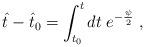
LaTeX: \begin{align*}\hat{t} - \hat{t}_0 = \int_{t_0}^t d t \; e^{- \frac{\psi}{2}} \; ,\end{align*}